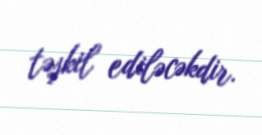
təşkil ediləcəkdir.